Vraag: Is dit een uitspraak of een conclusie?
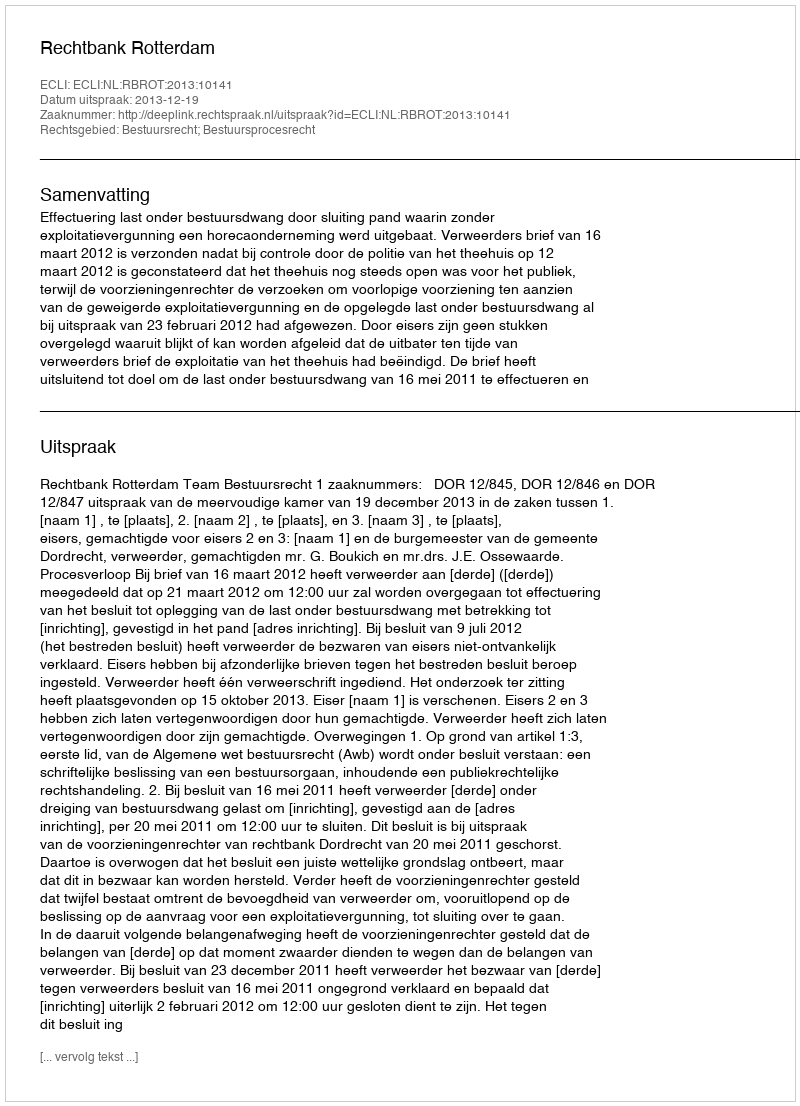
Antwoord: Uitspraak